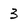
Character: 3